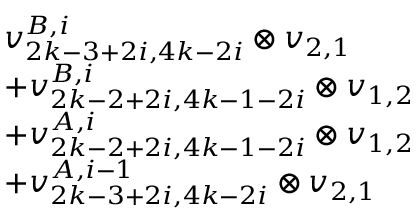
\begin{array} { r l } & { v _ { 2 k - 3 + 2 i , 4 k - 2 i } ^ { B , i } \otimes v _ { 2 , 1 } } \\ & { + v _ { 2 k - 2 + 2 i , 4 k - 1 - 2 i } ^ { B , i } \otimes v _ { 1 , 2 } } \\ & { + v _ { 2 k - 2 + 2 i , 4 k - 1 - 2 i } ^ { A , i } \otimes v _ { 1 , 2 } } \\ & { + v _ { 2 k - 3 + 2 i , 4 k - 2 i } ^ { A , i - 1 } \otimes v _ { 2 , 1 } } \end{array}